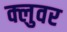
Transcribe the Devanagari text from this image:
क्लुवर